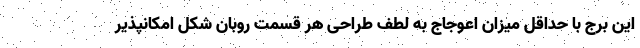
این برج با حداقل میزان اعوجاج به لطف طراحی هر قسمت روبان شکل امکانپذیر